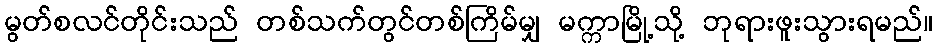
မွတ်စလင်တိုင်းသည် တစ်သက်တွင်တစ်ကြိမ်မျှ မက္ကာမြို့သို့ ဘုရားဖူးသွားရမည်။